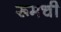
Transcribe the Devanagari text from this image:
रूमची